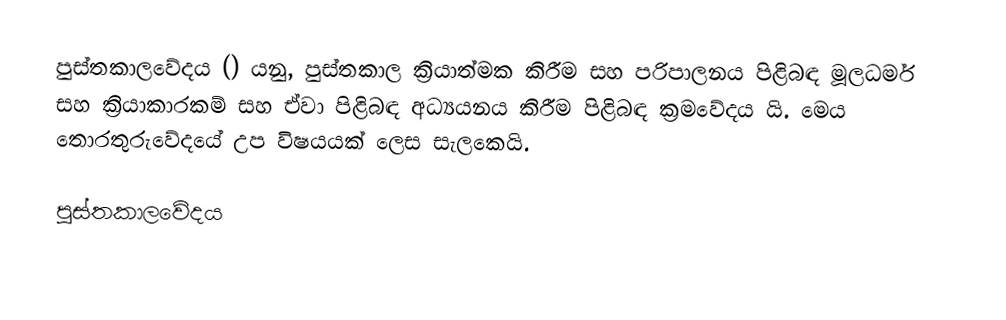
පුස්තකාලවේදය () යනු, පුස්තකාල ක්‍රියාත්මක කිරීම සහ පරිපාලනය පිළිබඳ මූලධර්ම සහ ක්‍රියාකාරකම් සහ ඒවා පිළිබඳ අධ්‍යයනය කිරීම පිළිබඳ ක්‍රමවේදය යි. මෙය තොරතුරුවේදයේ උප විෂයයක් ලෙස සැලකෙයි.

පුස්තකාලවේදය